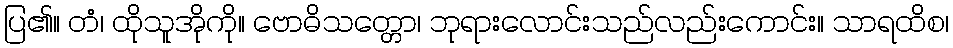
ပြ၏။ တံ၊ ထိုသူအိုကို။ ဗောဓိသတ္တော၊ ဘုရားလောင်းသည်လည်းကောင်း။ သာရထိစ၊